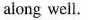
along well.